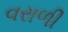
વરાળી